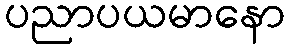
ပညာပယမာနော